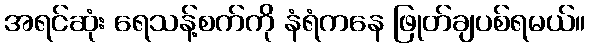
အရင်ဆုံး ရေသန့်စက်ကို နံရံကနေ ဖြုတ်ချပစ်ရမယ်။